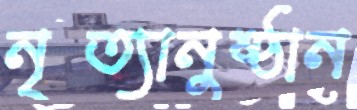
নৃত্যানুষ্ঠান